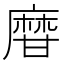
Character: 𤯌